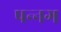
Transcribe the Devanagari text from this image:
पन्‍नग